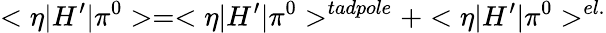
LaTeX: <\eta|H^{\prime}|\pi^{0}>=<\eta|H^{\prime}|\pi^{0}>^{tadpole}+<\eta|H^{\prime}|\pi^{0}>^{el.}